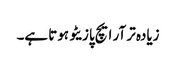
زیادہ تر آر ایچ پازیٹو ہوتا ہے۔